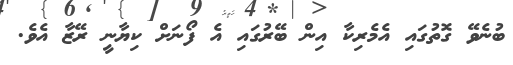
ބުނެވޭ ގޮތުގައި އެމެރިކާ އިން ބޭރުގައި އެ ފޯނަށް ކިޔާނީ ރޭޒާ އެވެ.